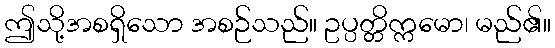
ဤသို့အစရှိသော အစဉ်သည်။ ဥပ္ပတ္တိက္ကမော၊ မည်၏။